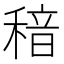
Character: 䅧